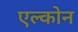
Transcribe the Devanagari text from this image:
एल्कोन